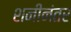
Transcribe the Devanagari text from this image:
शनीनंतर